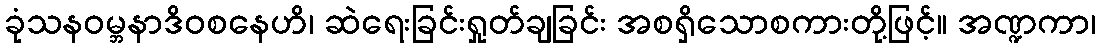
ခုံသနဝမ္ဘနာဒိဝစနေဟိ၊ ဆဲရေးခြင်းရှုတ်ချခြင်း အစရှိသောစကားတို့ဖြင့်။ အဏ္ဍကာ၊